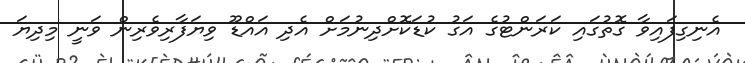
އެނިގިފައިވާ ގޮތުގައި ކަރަންޓުގެ އަގު ކުޑަކޮށްދިނުމަށް އެދި އައްޑޫ ވިޔަފާރިވެރިން ވަނީ މިދިޔަ